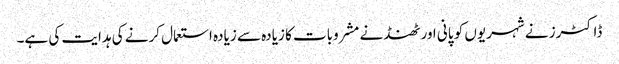
ڈاکٹرز نے شہریوں کو پانی اور ٹھنڈنے مشروبات کا زیادہ سے زیادہ استعمال کرنے کی ہدایت کی ہے۔